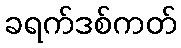
ခရက်ဒစ်ကတ်